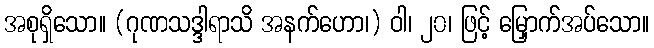
အစုရှိသော။ (ဂုဏသဒ္ဒါရာသိ အနက်ဟော၊) ဝါ၊ ၂၀၊ ဖြင့် မြှောက်အပ်သော။